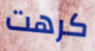
كرهت